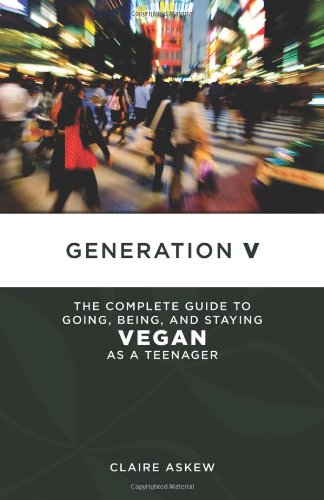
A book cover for Generation V: The Complete Guide to Going, Being, and Staying Vegan as a Teenager (Tofu Hound Press); Claire Askew; Teen & Young Adult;